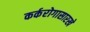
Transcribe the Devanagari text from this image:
कर्करोगासारखे